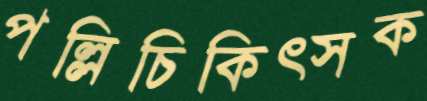
পল্লিচিকিত্সক